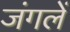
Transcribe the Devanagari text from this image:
जंगलें